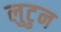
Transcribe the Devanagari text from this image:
लुटुन